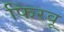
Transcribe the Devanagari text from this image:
फिरवू